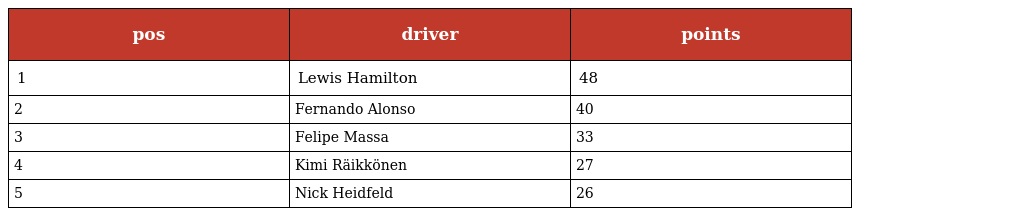
| pos | driver | points |
 | --- | --- | --- |
 | 1 | Lewis Hamilton | 48 |
 | 2 | Fernando Alonso | 40 |
 | 3 | Felipe Massa | 33 |
 | 4 | Kimi Räikkönen | 27 |
 | 5 | Nick Heidfeld | 26 |